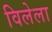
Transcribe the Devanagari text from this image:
विलेला